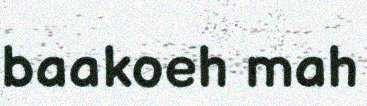
baakoeh mah